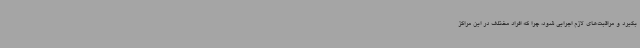
بگیرد و مراقبت‌های لازم اجرایی شود، چرا که افراد مختلف در این مراکز